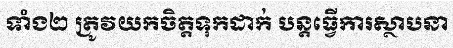
ទាំង២ ត្រូវយកចិត្តទុកដាក់ បន្តធ្វើការស្ថាបនា